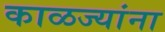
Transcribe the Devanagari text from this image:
काळज्यांना